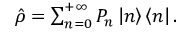
\begin{array} { r } { \hat { \rho } = \sum _ { n = 0 } ^ { + \infty } P _ { n } \left| n \right\rangle \left\langle n \right| . } \end{array}